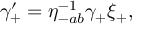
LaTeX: \gamma _ { + } ^ { \prime } = \eta _ { - a b } ^ { - 1 } \gamma _ { + } \xi _ { + } ,